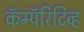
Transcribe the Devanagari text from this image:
कॅम्पॅरिटिव्ह